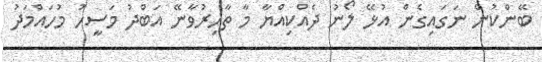
ބޭންކުން ނަގައިގެން އުޅޭ ލޯނު ދެއްކިއްޔާ މާ ތާހިރުވާނޭ އަބްދު މަސީހު މުހައްމަދު